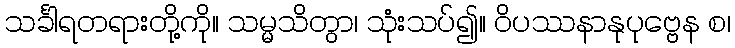
သင်္ခါရတရားတို့ကို။ သမ္မသိတွာ၊ သုံးသပ်၍။ ဝိပဿနာနုပုဗ္ဗေန စ၊